Civil Veterinary Department Bihar reports 1940-50 - 1940-1950
Year: 1940
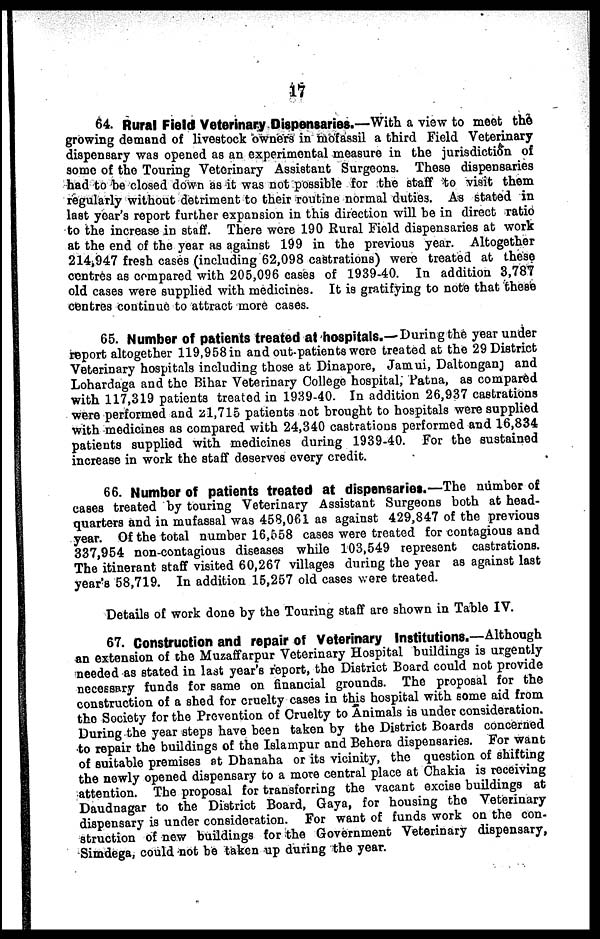
17
64. Rural Field Veterinary Dispensaries.—With a view to meet the
growing demand of livestock owners in mofassil a third Field Veterinary
dispensary was opened as an experimental measure in the jurisdiction of
some of the Touring Veterinary Assistant Surgeons. These dispensaries
had to be closed down as it was not possible for the staff to visit them
regularly without detriment to their routine normal duties. As stated in
last year's report further expansion in this direction will be in direct ratio
to the increase in staff. There were 190 Rural Field dispensaries at work
at the end of the year as against 199 in the previous year. Altogether
214,947 fresh cases (including 62,098 castrations) were treated at these
centres as compared with 205,096 cases of 1939-40. In addition 3,787
old cases were supplied with medicines. It is gratifying to note that these
centres continue to attract more cases.
65. Number of patients treated at hospitals.— During the year under
report altogether 119,958 in and out-patients wore treated at the 29 District
Veterinary hospitals including those at Dinapore, Jamui, Daltonganj and
Lohardaga and the Bihar Veterinary College hospital, Patna, as compared
with 117,319 patients treated in 1939-40. In addition 26,937 castrations
were performed and 21,715 patients not brought to hospitals were supplied
with medicines as compared with 24,340 castrations performed and 16,834
patients supplied with medicines during 1939-40. For the sustained
increase in work the staff deserves every credit.
66. Number of patients treated at dispensaries.—The number of
cases treated by touring Veterinary Assistant Surgeons both at head-
quarters and in mufassal was 458,061 as against 429,847 of the previous
year. Of the total number 16,558 cases were treated for contagious and
337,954 non-contagious diseases while 103,549 represent castrations.
The itinerant staff visited 60,267 villages during the year as against last
year's 58,719. In addition 15,257 old cases were treated.
Details of work done by the Touring staff are shown in Table IV.
67. Construction and repair of Veterinary Institutions.—Although
an extension of the Muzaffarpur Veterinary Hospital buildings is urgently
needed as stated in last year's report, the District Board could not provide
necessary funds for same on financial grounds. The proposal for the
construction of a shed for cruelty cases in this hospital with some aid from
the Society for the Prevention of Cruelty to Animals is under consideration.
During the year steps have been taken by the District Boards concerned
to repair the buildings of the Islampur and Behera dispensaries. For want
of suitable premises at Dhanaha or its vicinity, the question of shifting
the newly opened dispensary to a more central place at Chakia is receiving
attention. The proposal for transferring the vacant excise buildings at
Daudnagar to the District Board, Gaya, for housing the Veterinary
dispensary is under consideration. For want of funds work on the con-
struction of new buildings for the Government Veterinary dispensary,
Simdega, could not be taken up during the year.